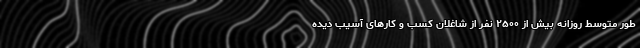
طور متوسط روزانه بیش از ۲۵۰۰ نفر از شاغلان کسب و کارهای آسیب دیده